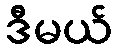
ဒီမယ်